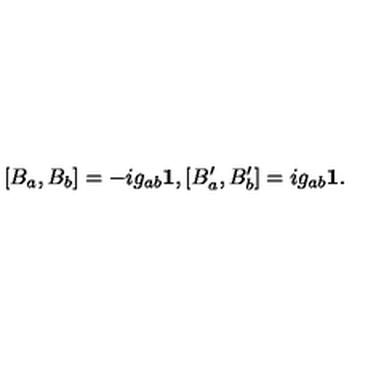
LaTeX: [ B _ { a } , B _ { b } ] = - i g _ { a b } { \bf 1 } , [ B _ { a } ^ { \prime } , B _ { b } ^ { \prime } ] = i g _ { a b } { \bf 1 } .